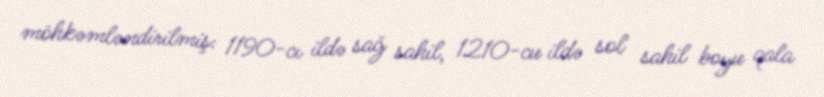
möhkəmləndirilmiş: 1190-cı ildə sağ sahil, 1210-cu ildə sol sahil boyu qala